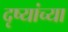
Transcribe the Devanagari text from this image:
दृष्यांच्या